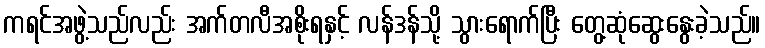
ကရင်အဖွဲ့သည်လည်း အက်တလီအစိုးရနှင့် လန်ဒန်သို့ သွားရောက်ပြီး တွေ့ဆုံဆွေးနွေးခဲ့သည်။